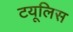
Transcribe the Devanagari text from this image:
टयूलिस